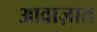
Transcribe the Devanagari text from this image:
आवाज़ात